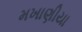
મખાણીયા